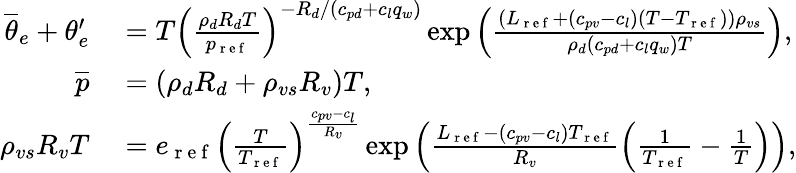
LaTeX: \begin{array}{rl}{\overline{{\theta}}_{e}+\theta_{e}^{\prime}}&{{}=T\left(\frac{\rho_{d}R_{d}T}{p_{\mathrm{~r~e~f~}}}\right)^{-R_{d}/(c_{pd}+c_{l}q_{w})}\exp\left(\frac{(L_{\mathrm{~r~e~f~}}+(c_{pv}-c_{l})(T-T_{\mathrm{~r~e~f~}}))\rho_{vs}}{\rho_{d}(c_{pd}+c_{l}q_{w})T}\right),}\\ {\overline{{p}}}&{{}=(\rho_{d}R_{d}+\rho_{vs}R_{v})T,}\\ {\rho_{vs}R_{v}T}&{{}=e_{\mathrm{~r~e~f~}}\left(\frac{T}{T_{\mathrm{~r~e~f~}}}\right)^{\frac{c_{pv}-c_{l}}{R_{v}}}\exp\left(\frac{L_{\mathrm{~r~e~f~}}-(c_{pv}-c_{l})T_{\mathrm{~r~e~f~}}}{R_{v}}\left(\frac{1}{T_{\mathrm{~r~e~f~}}}-\frac{1}{T}\right)\right),}\end{array}